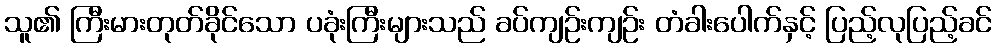
သူ၏ ကြီးမားတုတ်ခိုင်သော ပခုံးကြီးများသည် ခပ်ကျဉ်းကျဉ်း တံခါးပေါက်နှင့် ပြည့်လုပြည့်ခင်